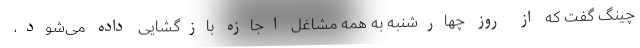
چینگ گفت که از روز چهارشنبه به همه مشاغل اجازه بازگشایی داده می‌شود،